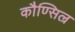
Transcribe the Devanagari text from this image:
कौण्सिल्र